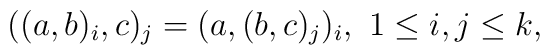
((a,b)_i,c)_j = (a,(b,c)_j)_i,\ 1\leq i,j\leq k,